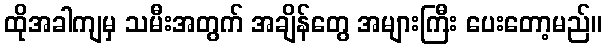
ထိုအခါကျမှ သမီးအတွက် အချိန်တွေ အများကြီး ပေးတော့မည်။